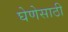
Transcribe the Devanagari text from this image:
घेणेसाठी